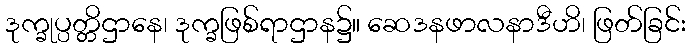
ဒုက္ခုပ္ပတ္တိဌာနေ၊ ဒုက္ခဖြစ်ရာဌာန၌။ ဆေဒနဖာလနာဒီဟိ၊ ဖြတ်ခြင်း